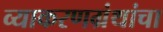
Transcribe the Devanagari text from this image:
व्याकरणग्रंथांचा